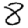
Digit: 8